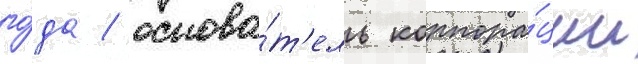
го́да / основа́т'ель корпора́ции